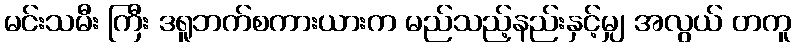
မင်းသမီး ကြီး ဒရူဘက်စကားယားက မည်သည့်နည်းနှင့်မျှ အလွယ် တကူ